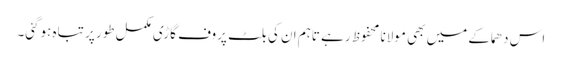
اس دھماکے میں بھی مولانا محفوظ رہے تاہم ان کی بلٹ پروف گاڑی مکمل طور پر تباہ ہوگئی۔